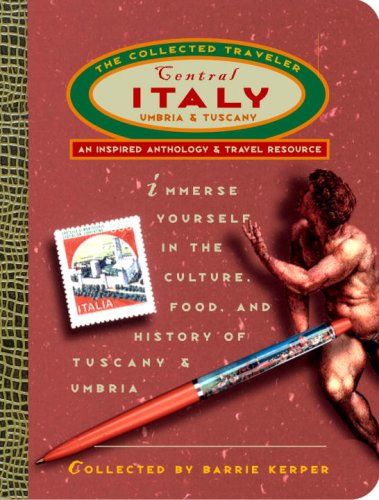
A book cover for Central Italy: The Collected Traveler: Tuscany and Umbria; Travel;